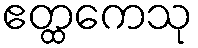
ဧတ္ထကေသု